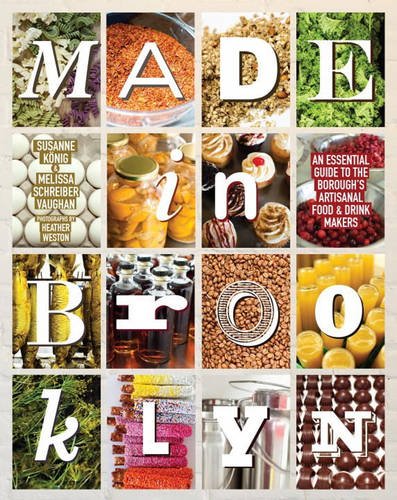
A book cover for Made in Brooklyn: An Essential Guide to the Borough's Artisanal Food & Drink Makers; Melissa Schreiber Vaughan; Cookbooks, Food & Wine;